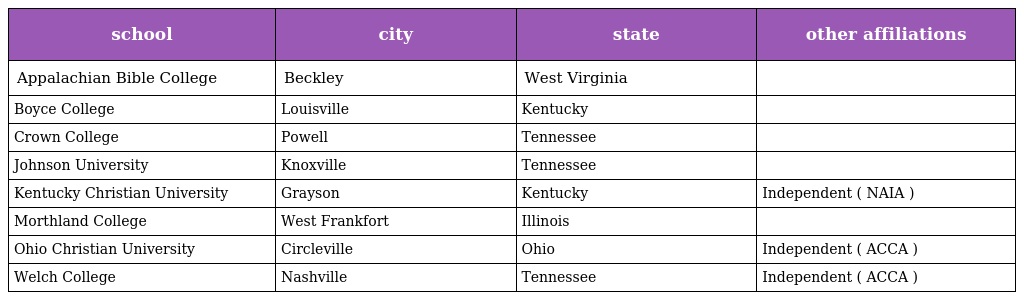
| school | city | state | other affiliations |
 | --- | --- | --- | --- |
 | Appalachian Bible College | Beckley | West Virginia |  |
 | Boyce College | Louisville | Kentucky |  |
 | Crown College | Powell | Tennessee |  |
 | Johnson University | Knoxville | Tennessee |  |
 | Kentucky Christian University | Grayson | Kentucky | Independent ( NAIA ) |
 | Morthland College | West Frankfort | Illinois |  |
 | Ohio Christian University | Circleville | Ohio | Independent ( ACCA ) |
 | Welch College | Nashville | Tennessee | Independent ( ACCA ) |